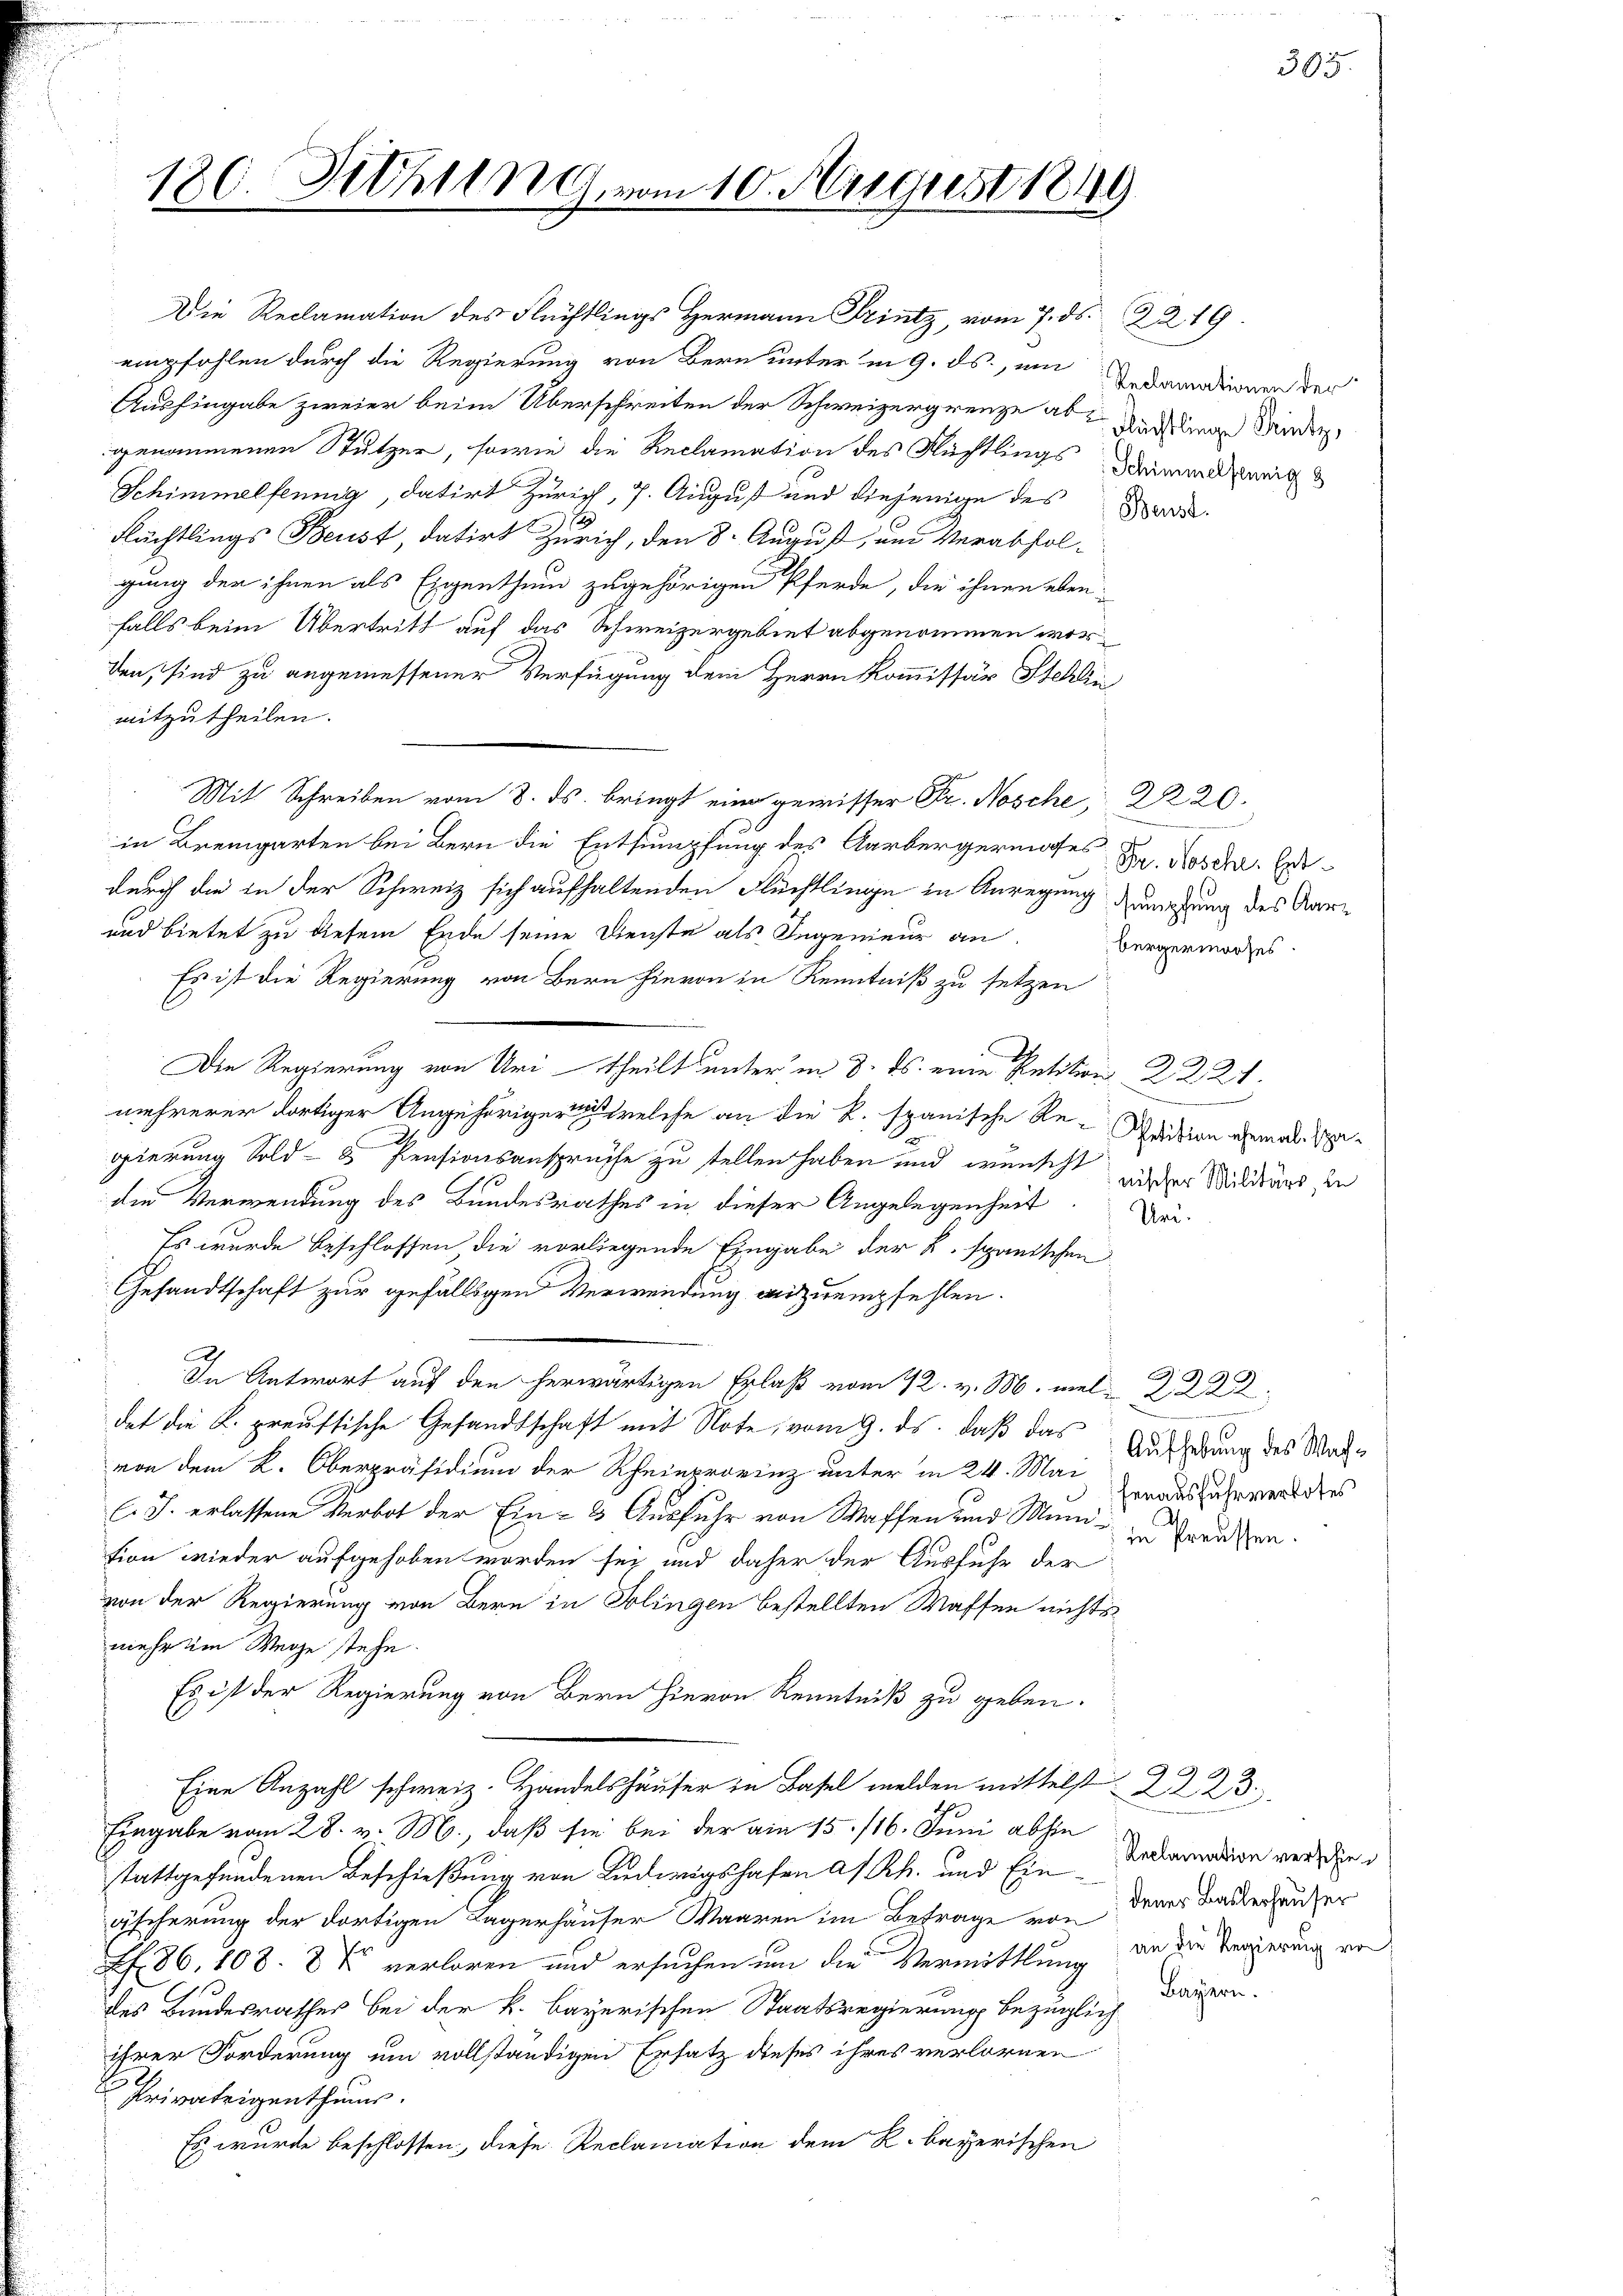
180. Februn G. vom 10. August 1849

Die Reclamation des Flüchtlings Hermann Trintz, vom 7. ds. 2219.
empfohlen durch die Regierung von Bern unter in 9. ds, um damadienen der
Aushingabe zweier beim Überschreiten der Schweizergrenze ab nach die Wieder
genommenen Stutzer, sowie die Reclamation des Nüchtlings dann zeig
Schimmelfennig, datirt Zürich, 7. August und diejenige des Herr
1
Flüchtlings Beust, datirt Zürich, den 8. August, um Verabfol-
gung der ihnen als Eigenthum zugehörigen Pferde, die ihnen eben-
falls beim Übertritt auf das Schweizergebiet abgenommen worden, sind zu angemessener Verfügung dem Herrn Kommissär Stehlin
mitzutheilen.
Mit Schreiben vom 8. ds. bringt eine gewisser Fr. Nosche, 2220.
in Bremgarten bei Bern die Entsumpfung des Aarbergermaches Dr. Moser Erdurch die in der Schweiz sich aufhaltenden Flüchtlinge in Anregung gemachtung des Aar¬
und bietet zu diesem Ende seine Dienste als Ingenieur an
Es ist die Regierung von Bern hievon in Kenntniß zu setzen
Die Regierung von Uri-Theilt unter in 8. ds. eine Retition 22. 21.
mehrerer dortiger Angehöriger welche an die K. spanische Re-chaition ehemalisagierung Sold- & Pensionsansprüche zu stellen haben und wünsch wieder Milders in
die Verwendung des Bundesrathes in dieser Angelegenheit. Dar
Es wurde beschlossen, die vorliegende Eingabe der B. spanischen
Gesandtschaft zur gefälligen Verwendung anzuempfehlen.
In Antwort auf den herwärtigen Erlaß vom 12. v. M.
det die K. preussische Gesandtschaft mit Note, vom 9. ds. daß das Du redung des Mate
von dem K. Oberpräsidium der Rheinprovinz unter in 24. Mai
henausfuhrverbotes
C. J. erlassene Verbot der Ein- & Ausfuhr von Waffen und Muni- zu Grauen.
tion wieder aufgehoben worden sei und daher der Ausfuhr der
von der Regierung von Bern in Polingen bestellten Waffen nichts
mehr im Wege stehe.
Es ist der Regierung von Bern hievon Kenntniß zu geben.
Eine Anzahl schweiz. Handelshäuser in Basel melden mittelst 223.
Eingabe vom 28. v. M., daß sie bei der am 15./16. Juni abhin
stattgefundenen Beschießung von Ludwigshafen a/Rh. und Ein Reclamation verdie
dener Baslerhauser
äscherung der dortigen Lagerhäuser Waaren im Betrage von
Af. 86, 108. 8 t verloren und ersuchen um die Vermittlung an die Vergerung von
Bayern.
des Bundesrathes bei der k. bayerischen Staatsregierung bezüglich
ihrer Forderung um vollständigen Ersatz dieses ihres verlornen
Privateigenthums.
Es wurde beschlossen, diese Reclamation dem R. bayerischen

bergermises.

2

305